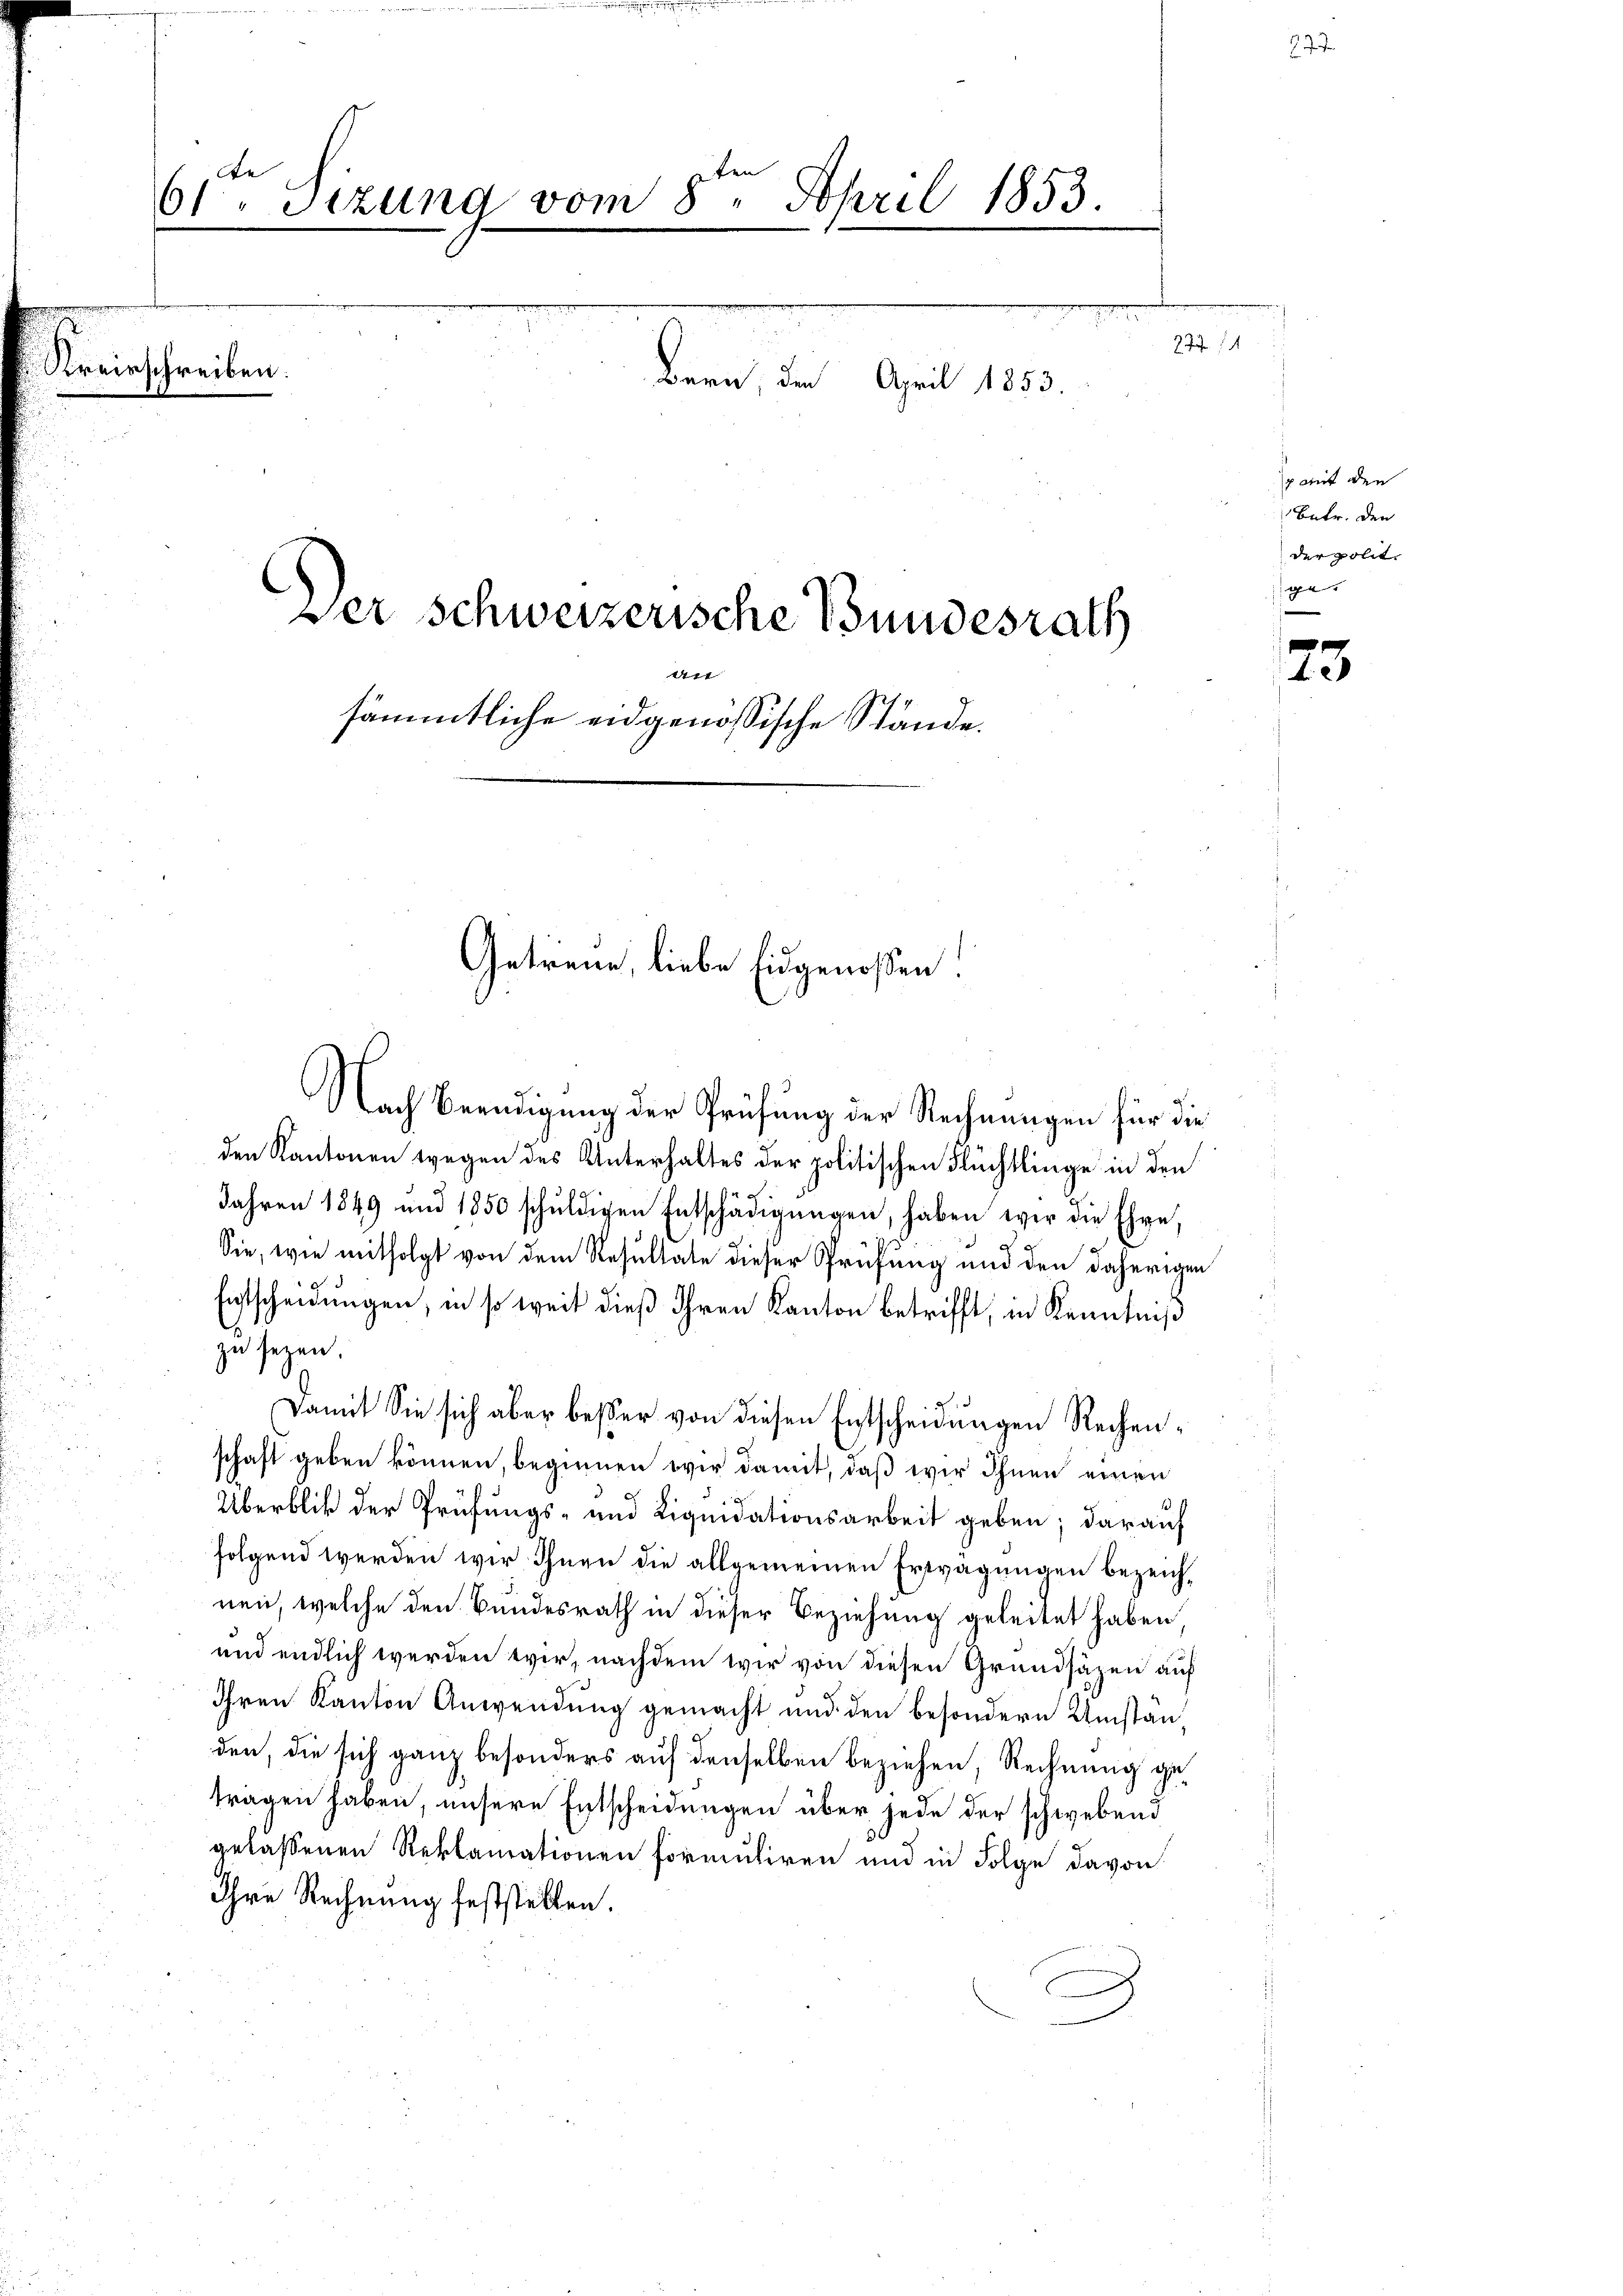
de
61 Stzung vom 8ten April 1853.
e
.
e
277. 14
Kreisschreiben.
Bern, den April 1853.
sp mit den
Betr. den
der polit.

e
Der Schweizerische Bundesrath
f
Urt
A.2
sämmtliche eidgenössische Stände.

Getreue, liebe Eidgenossen.

Nach Beendigung der Prüfung der Rechnungen für die
den Kantonen wegen des Unterhaltes der politischen Flüchtlinge in den
Jahren 1849 und 1850 schŭldigen Entschädigŭngen, haben wir die Ehre,
Sie, wie mitfolgt von dem Resultate dieser Prüfung und den daherigen
Entscheidungen, in so weit dieß ihren Kanton betrifft, in Kenntniß
zu seyen.
Damit Sie sich aber besser von diesen Entscheidungen Rechenschaft geben können, beginnen wir damit, daß wir Ihnen einen
Überblik der Prüfungs- und Liquidationsarbeit geben; darauf
folgend werden wir Ihnen die allgemeinen Erwägungen bezeichnen, welche den Bundesrath in dieser Beziehung geleitet haben,
und endlich werden wir, nachdem wir von diesen Grundsäzen auf
Ihren Kanton Anwendung gemacht und den besondern Umstan
den, die sich ganz besonders auf denselben beziehen, Rechnung getragen haben, unsere Entscheidungen über jede der schwebend
gelassenen Reklamationen formuliren und in Folge davon
Ihre Rechnung feststellen.